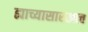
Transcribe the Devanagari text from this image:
ह्याच्यासारखाच